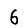
Digit: 6